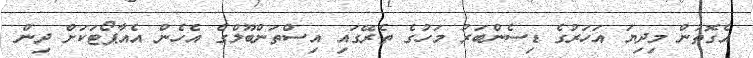
އެގޮތުން މިދިޔަ އަހަރުގެ ޑިސެންބަރު މަހުގެ ތެރޭގައި އިސްތަންބޫލްގެ އެހެން އެއާޕޯޓަކަށް ދިން